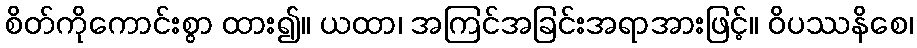
စိတ်ကိုကောင်းစွာ ထား၍။ ယထာ၊ အကြင်အခြင်းအရာအားဖြင့်။ ဝိပဿနိစေ၊